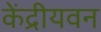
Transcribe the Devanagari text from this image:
केंद्रीयवन